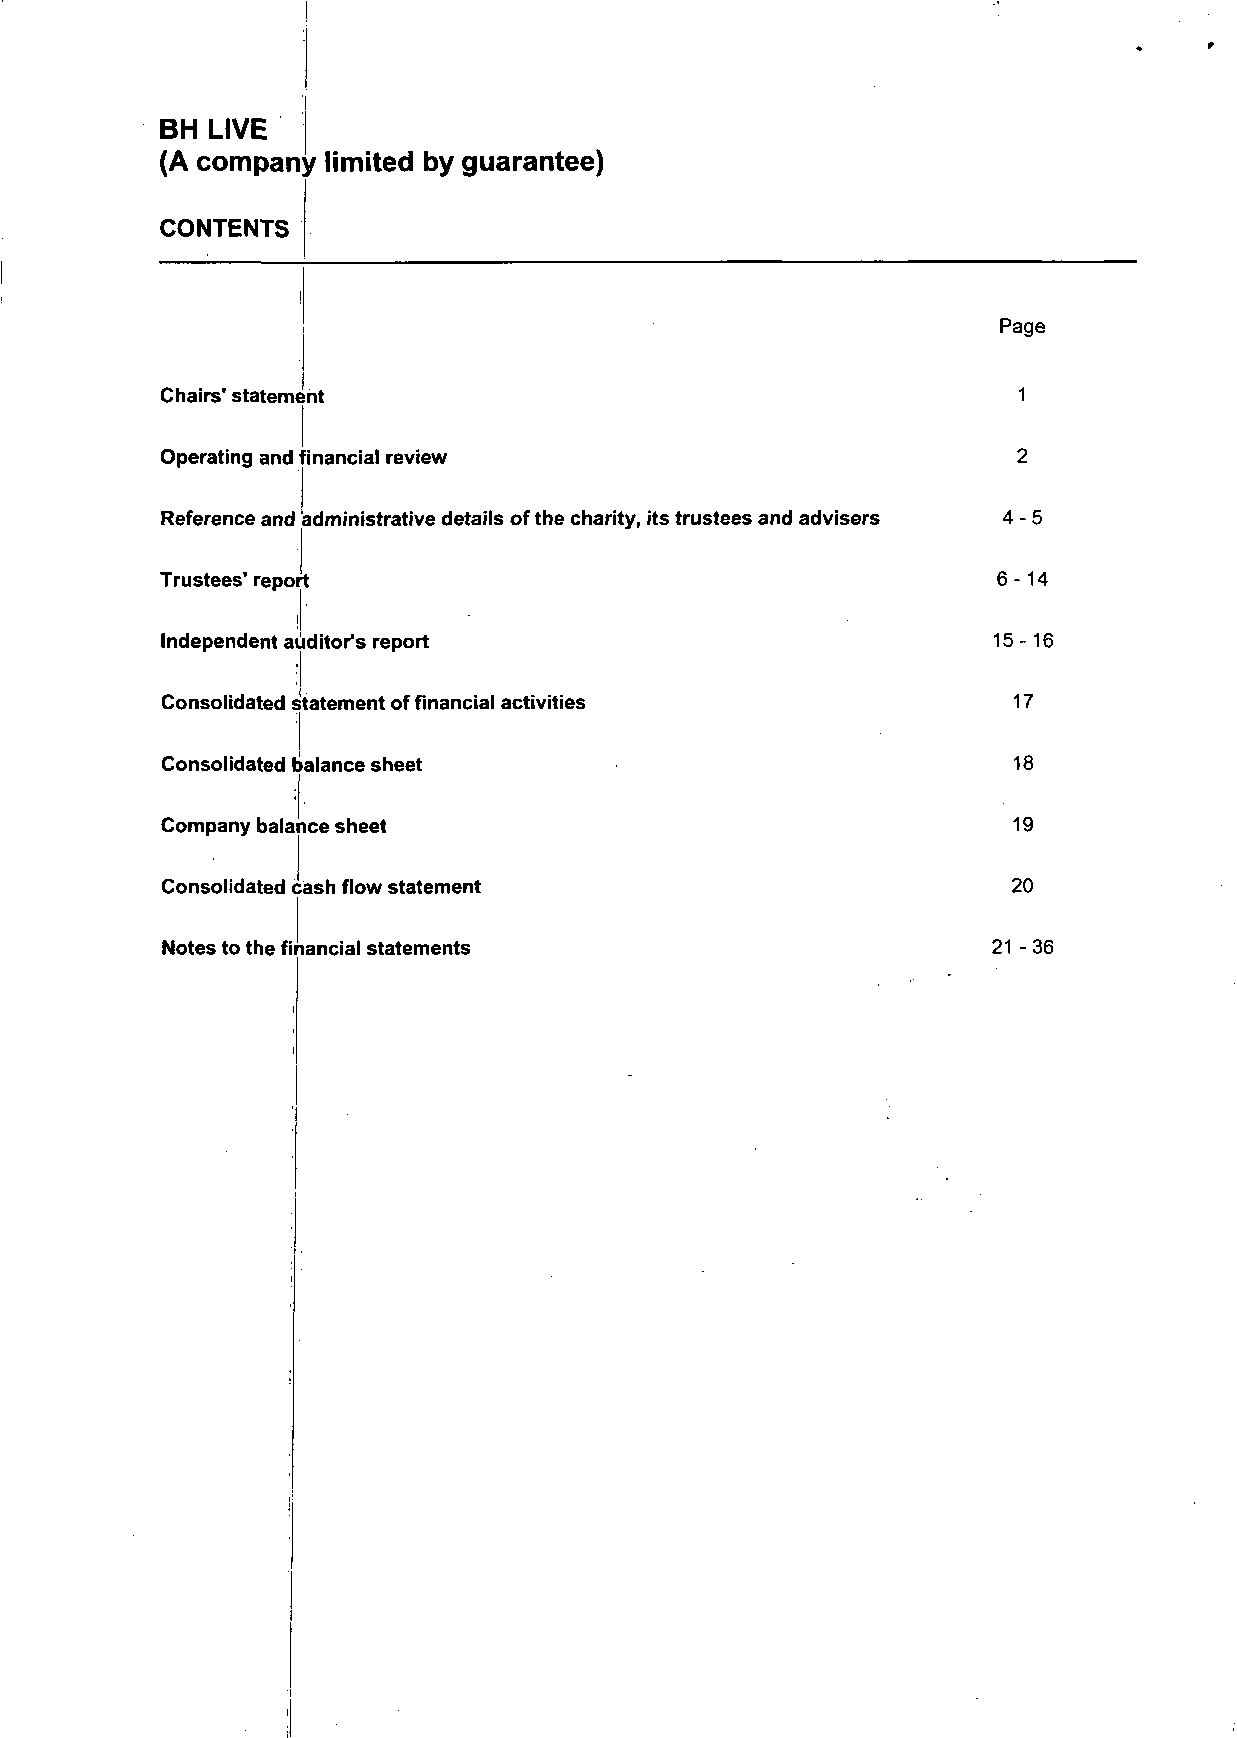
BH LIVE
 (A company limited by guarantee)
 CONTENTS
 Page
 Chairs' statement                                       1
 Operating and financial review                          2
 Reference and administrative details of the charity, its trustees and advisers 4-5
 Trustees' report                                       6-14
 Independent auditor's report                           15-16
 Consolidated statement of financial activities          17
 Consolidated balance sheet                              18
 Company balance sheet                                   19
 Consolidated cash flow statement                        20
 Notes to the financial statements                      21 -36